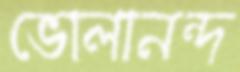
ভোলানন্দ